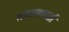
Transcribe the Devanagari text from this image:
सजावटकर्ता